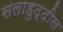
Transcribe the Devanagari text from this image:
सलाहुद्दील